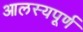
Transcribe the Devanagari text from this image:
आलस्यपूर्ण